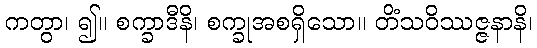
ကတွာ၊ ၍။ စက္ခာဒီနိ၊ စက္ခုအစရှိသော။ တိံသဝိဿဇ္ဇနာနိ၊